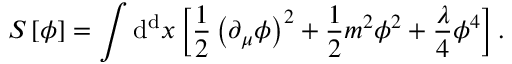
S \left[ \phi \right] = \int \mathrm { d ^ { d } } x \left[ { \frac { 1 } { 2 } } \left( \partial _ { \mu } \phi \right) ^ { 2 } + { \frac { 1 } { 2 } } m ^ { 2 } \phi ^ { 2 } + { \frac { \lambda } { 4 } } \phi ^ { 4 } \right] .